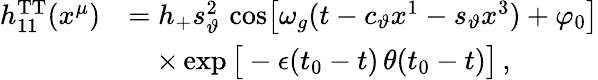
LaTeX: \begin{array}{rl}{h_{11}^{\mathrm{TT}}(x^{\mu})}&{=h_{+}s_{\vartheta}^{2}\, \cos\! \left[\omega_{g}(t-c_{\vartheta}x^{1}-s_{\vartheta}x^{3})+\varphi_{0}\right]}\\ &{\quad\times\exp\big[-\epsilon(t_{0}-t)\, \theta(t_{0}-t)\big]\, ,}\end{array}